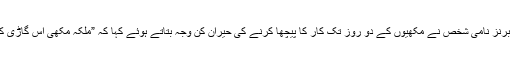
مکھیاں پکڑنے والے راجر برنز نامی شخص نے مکھیوں کے دو روز تک کار کا پیچھا کرنے کی حیران کن وجہ بتاتے ہوئے کہا کہ ”ملکہ مکھی اس گاڑی کی ڈگی میں پھنس گئی تھی۔